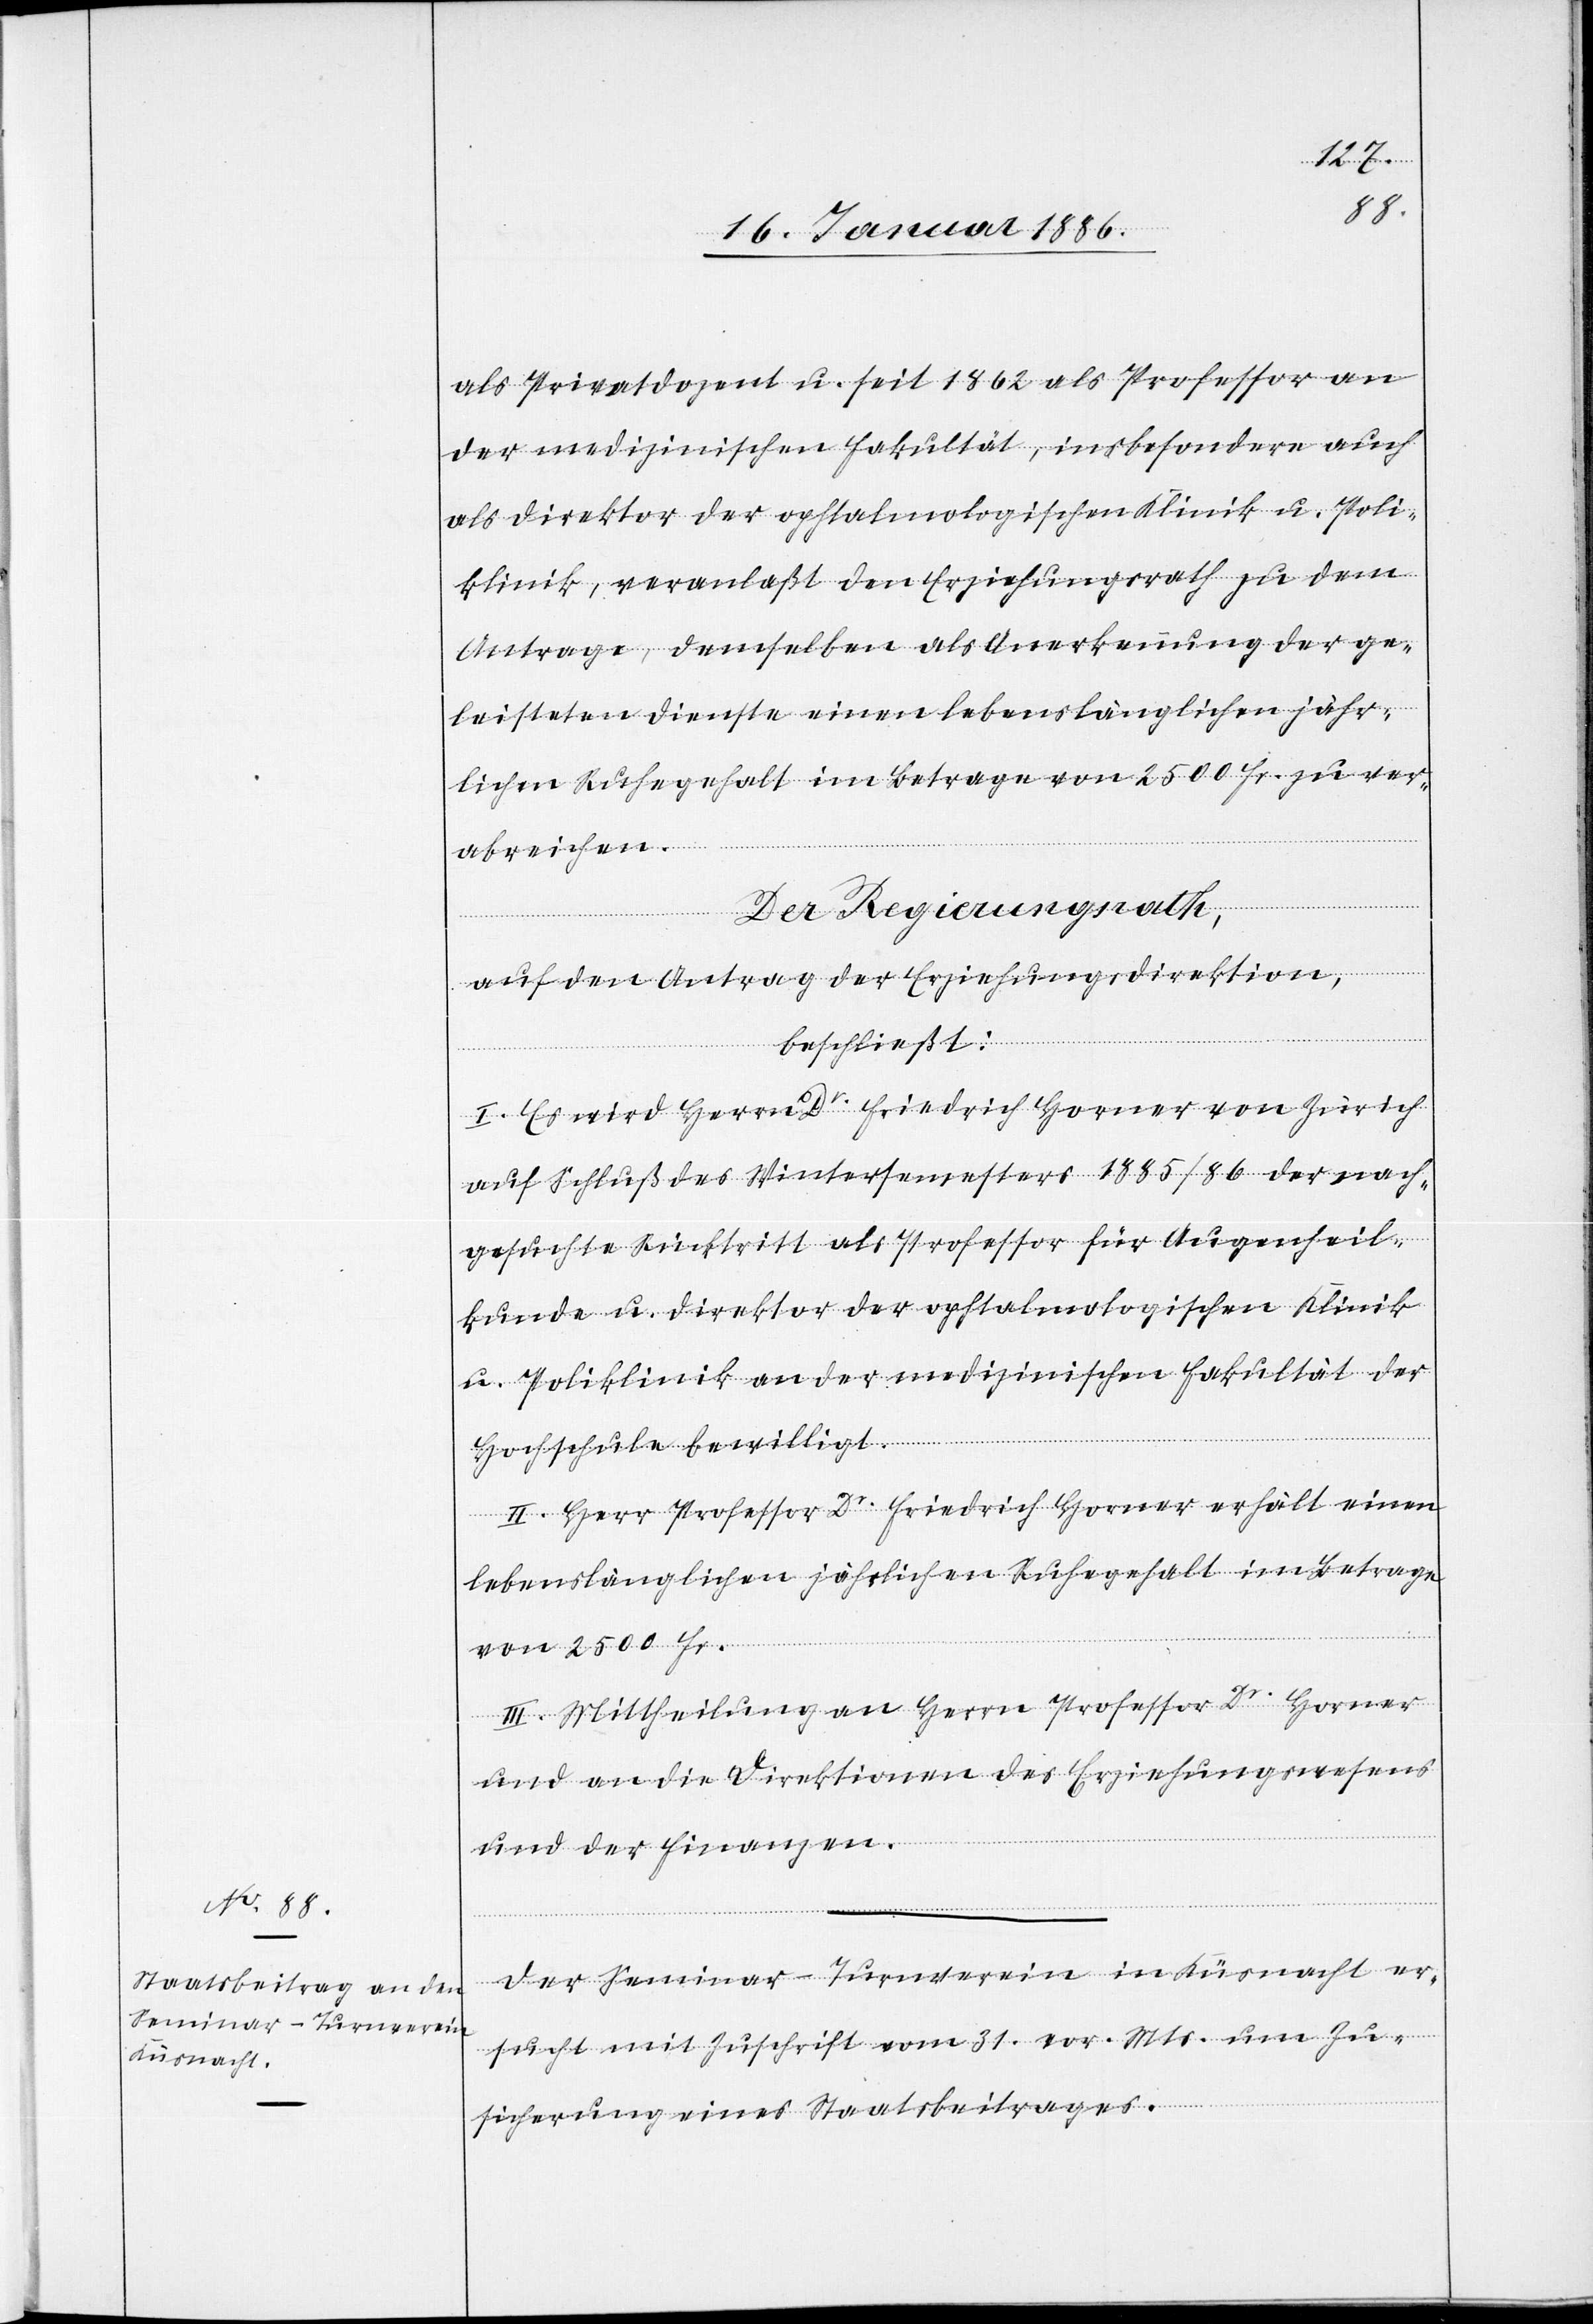
als Privatdozent u. seit 1862 als Professor an
der medizinischen Fakultät, insbesondere auch
als Direktor der ophtalmologischen Klinik u. Poli¬
klinik, veranlaßt den Erziehungsrath zu dem
Antrage, demselben als Anerkennung der ge¬
leisteten Dienste einen lebenslänglichen jähr¬
lichen Ruhegehalt im Betrage von 2500 Fr. zu ver¬
abreichen.
Der Regierungsrath,
auf den Antrag der Erziehungsdirektion,
beschließt:
I. Es wird Herrn Dr Friedrich Horner von Zürich
auf Schluß des Wintersemesters 1885/86 der nach¬
gesuchte Rücktritt als Professor für Augenheil¬
kunde u. Direktor der ophtalmologischen Klinik
z. Poliklinik an der medizinischen Fakultät der
Hochschule bewilligt.
II. Herr Professor Dr Friedrich Horner erhält einen
lebenslänglichen jährlichen Ruhegehalt im Betrag
von 2500 Fr.
III. Mittheilung an Herrn Professor Dr Horner
und an die Direktion des Erziehungswesens
und der Finanzen.
Der Seminar-Turnverein in Küsnacht er¬
sucht mit Zuschrift vom 31. vor. Mts. um Zu¬
sicherung eines Staatsbeitrages.